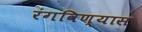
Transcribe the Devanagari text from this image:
रंगविण्यास